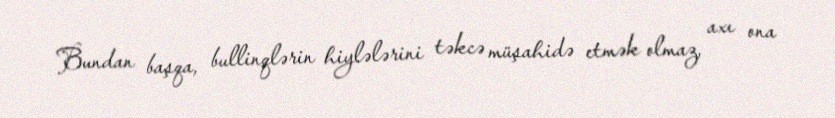
Bundan başqa, bullinqlərin hiylələrini təkcə müşahidə etmək olmaz, axı ona